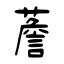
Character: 薝